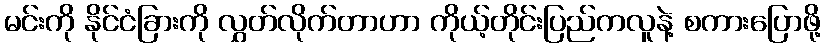
မင်းကို နိုင်ငံခြားကို လွှတ်လိုက်တာဟာ ကိုယ့်တိုင်းပြည်ကလူနဲ့ စကားပြောဖို့